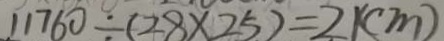
1 1 7 6 0 \div ( 2 8 \times 2 5 ) = 2 1 ( c m )